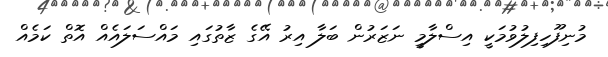
މުނިފޫހިފިލުވުމަކީ އިސްލާމީ ނަޒަރުން ބަލާ އިރު އޭގެ ޒާތުގައި މައްސަލައެއް އޮތް ކަމެއް